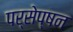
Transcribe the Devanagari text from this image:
पर्सेप्षन